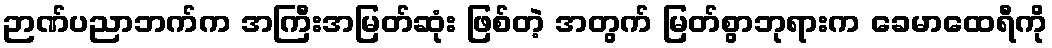
ဉာဏ်ပညာဘက်က အကြီးအမြတ်ဆုံး ဖြစ်တဲ့ အတွက် မြတ်စွာဘုရားက ခေမာထေရီကို